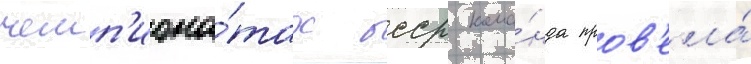
чемп'иона́тах бсср кома́нда пров'ела́